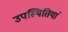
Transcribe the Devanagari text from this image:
उपस्थितियां